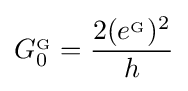
G_{0}^{_{\mathrm {G} }}={\frac {2(e^{_{\mathrm {G} }})^{2}}{h}}